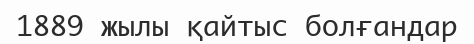
1889 жылы қайтыс болғандар